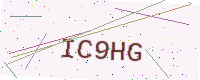
Text: IC9HG